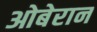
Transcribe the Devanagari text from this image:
ओबेरान